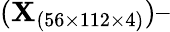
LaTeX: (\textit{\textbf{X}}_{(56\times 112\times 4)})–